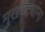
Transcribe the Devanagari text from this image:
मुखवट्यांना